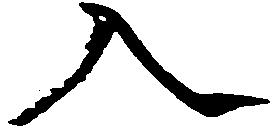
入